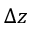
\Delta \boldsymbol { z }